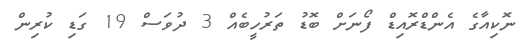
ނޮކިއާގެ އެންޑްރޮއިޑް ފޯނަށް ބޮޑު ތަރުހީބެއް 3 ދުވަސް 19 ގަޑި ކުރިން